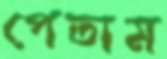
পেতাম